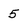
Character: 5